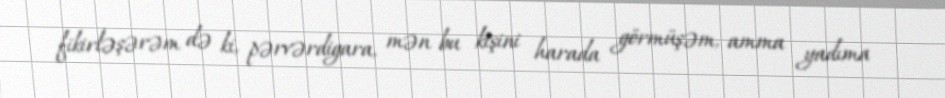
fikirləşərəm də ki, pərvərdigara, mən bu kişini harada görmüşəm, amma yadıma